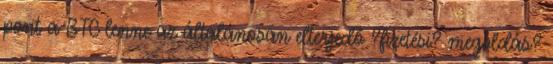
pont a BTC lenne az általánosan elterjedő ?fizetési? megoldás?